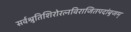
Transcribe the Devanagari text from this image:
सर्वश्रुतिशिरोरत्नविराजितपदांबुजम्